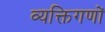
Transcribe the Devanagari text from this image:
व्यक्तिगणों